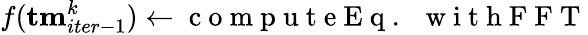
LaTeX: f({\mathbf{tm}}_{iter-1}^{k})\gets\mathrm{~c~o~m~p~u~t~e~E~q~.~~~w~i~t~h~F~F~T~}